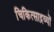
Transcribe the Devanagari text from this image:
चिकित्साद्रव्यों